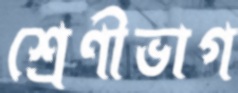
শ্রেণীভাগ